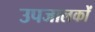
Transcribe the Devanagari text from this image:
उपजालकों